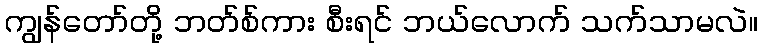
ကျွန်တော်တို့ ဘတ်စ်ကား စီးရင် ဘယ်လောက် သက်သာမလဲ။